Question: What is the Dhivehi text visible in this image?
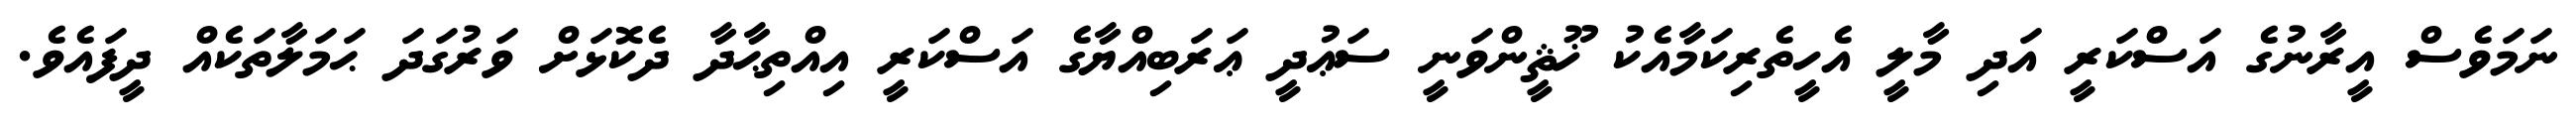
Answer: ނަމަވެސް އީރާނުގެ އަސްކަރީ އަދި މާލީ އެހީތެރިކަމާއެކު ޚޫޘީންވަނީ ސަޢުދީ ޢަރަބިއްޔާގެ އަސްކަރީ އިއްތިޙާދާ ދެކޮޅަށް ވަރުގަދަ ޙަމަލާތަކެއް ދީފައެވެ.